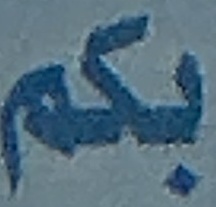
بكم